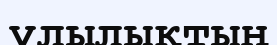
ұлылықтың